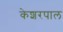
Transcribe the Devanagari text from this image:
केशरपाल